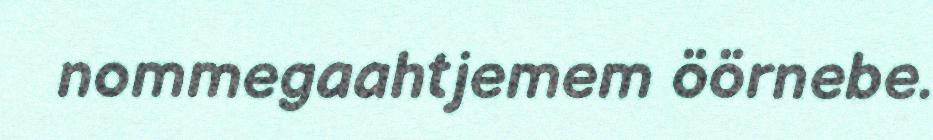
nommegaahtjemem öörnebe.